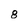
Character: 8